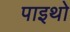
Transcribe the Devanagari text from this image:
पाइथो